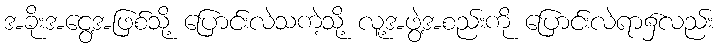
အခိုးအငွေ့အဖြစ်သို့ ပြောင်းလဲသကဲ့သို့ လူ့အဖွဲ့အစည်းကို ပြောင်းလဲရာ၌လည်း